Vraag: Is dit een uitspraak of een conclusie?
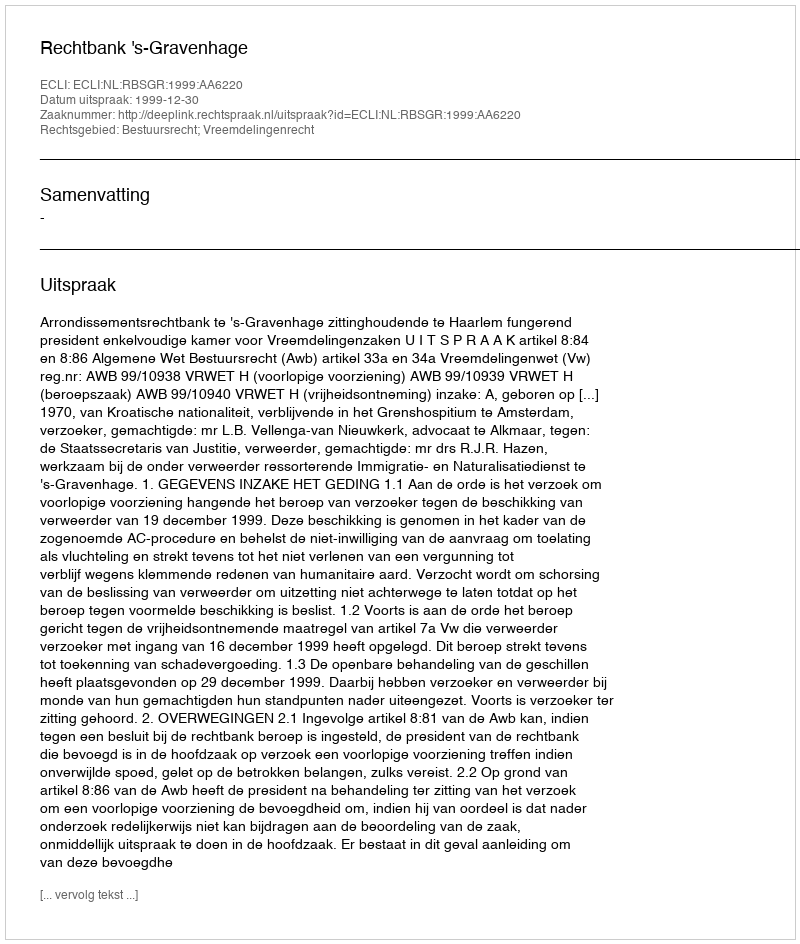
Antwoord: Uitspraak